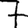
Digit: 7